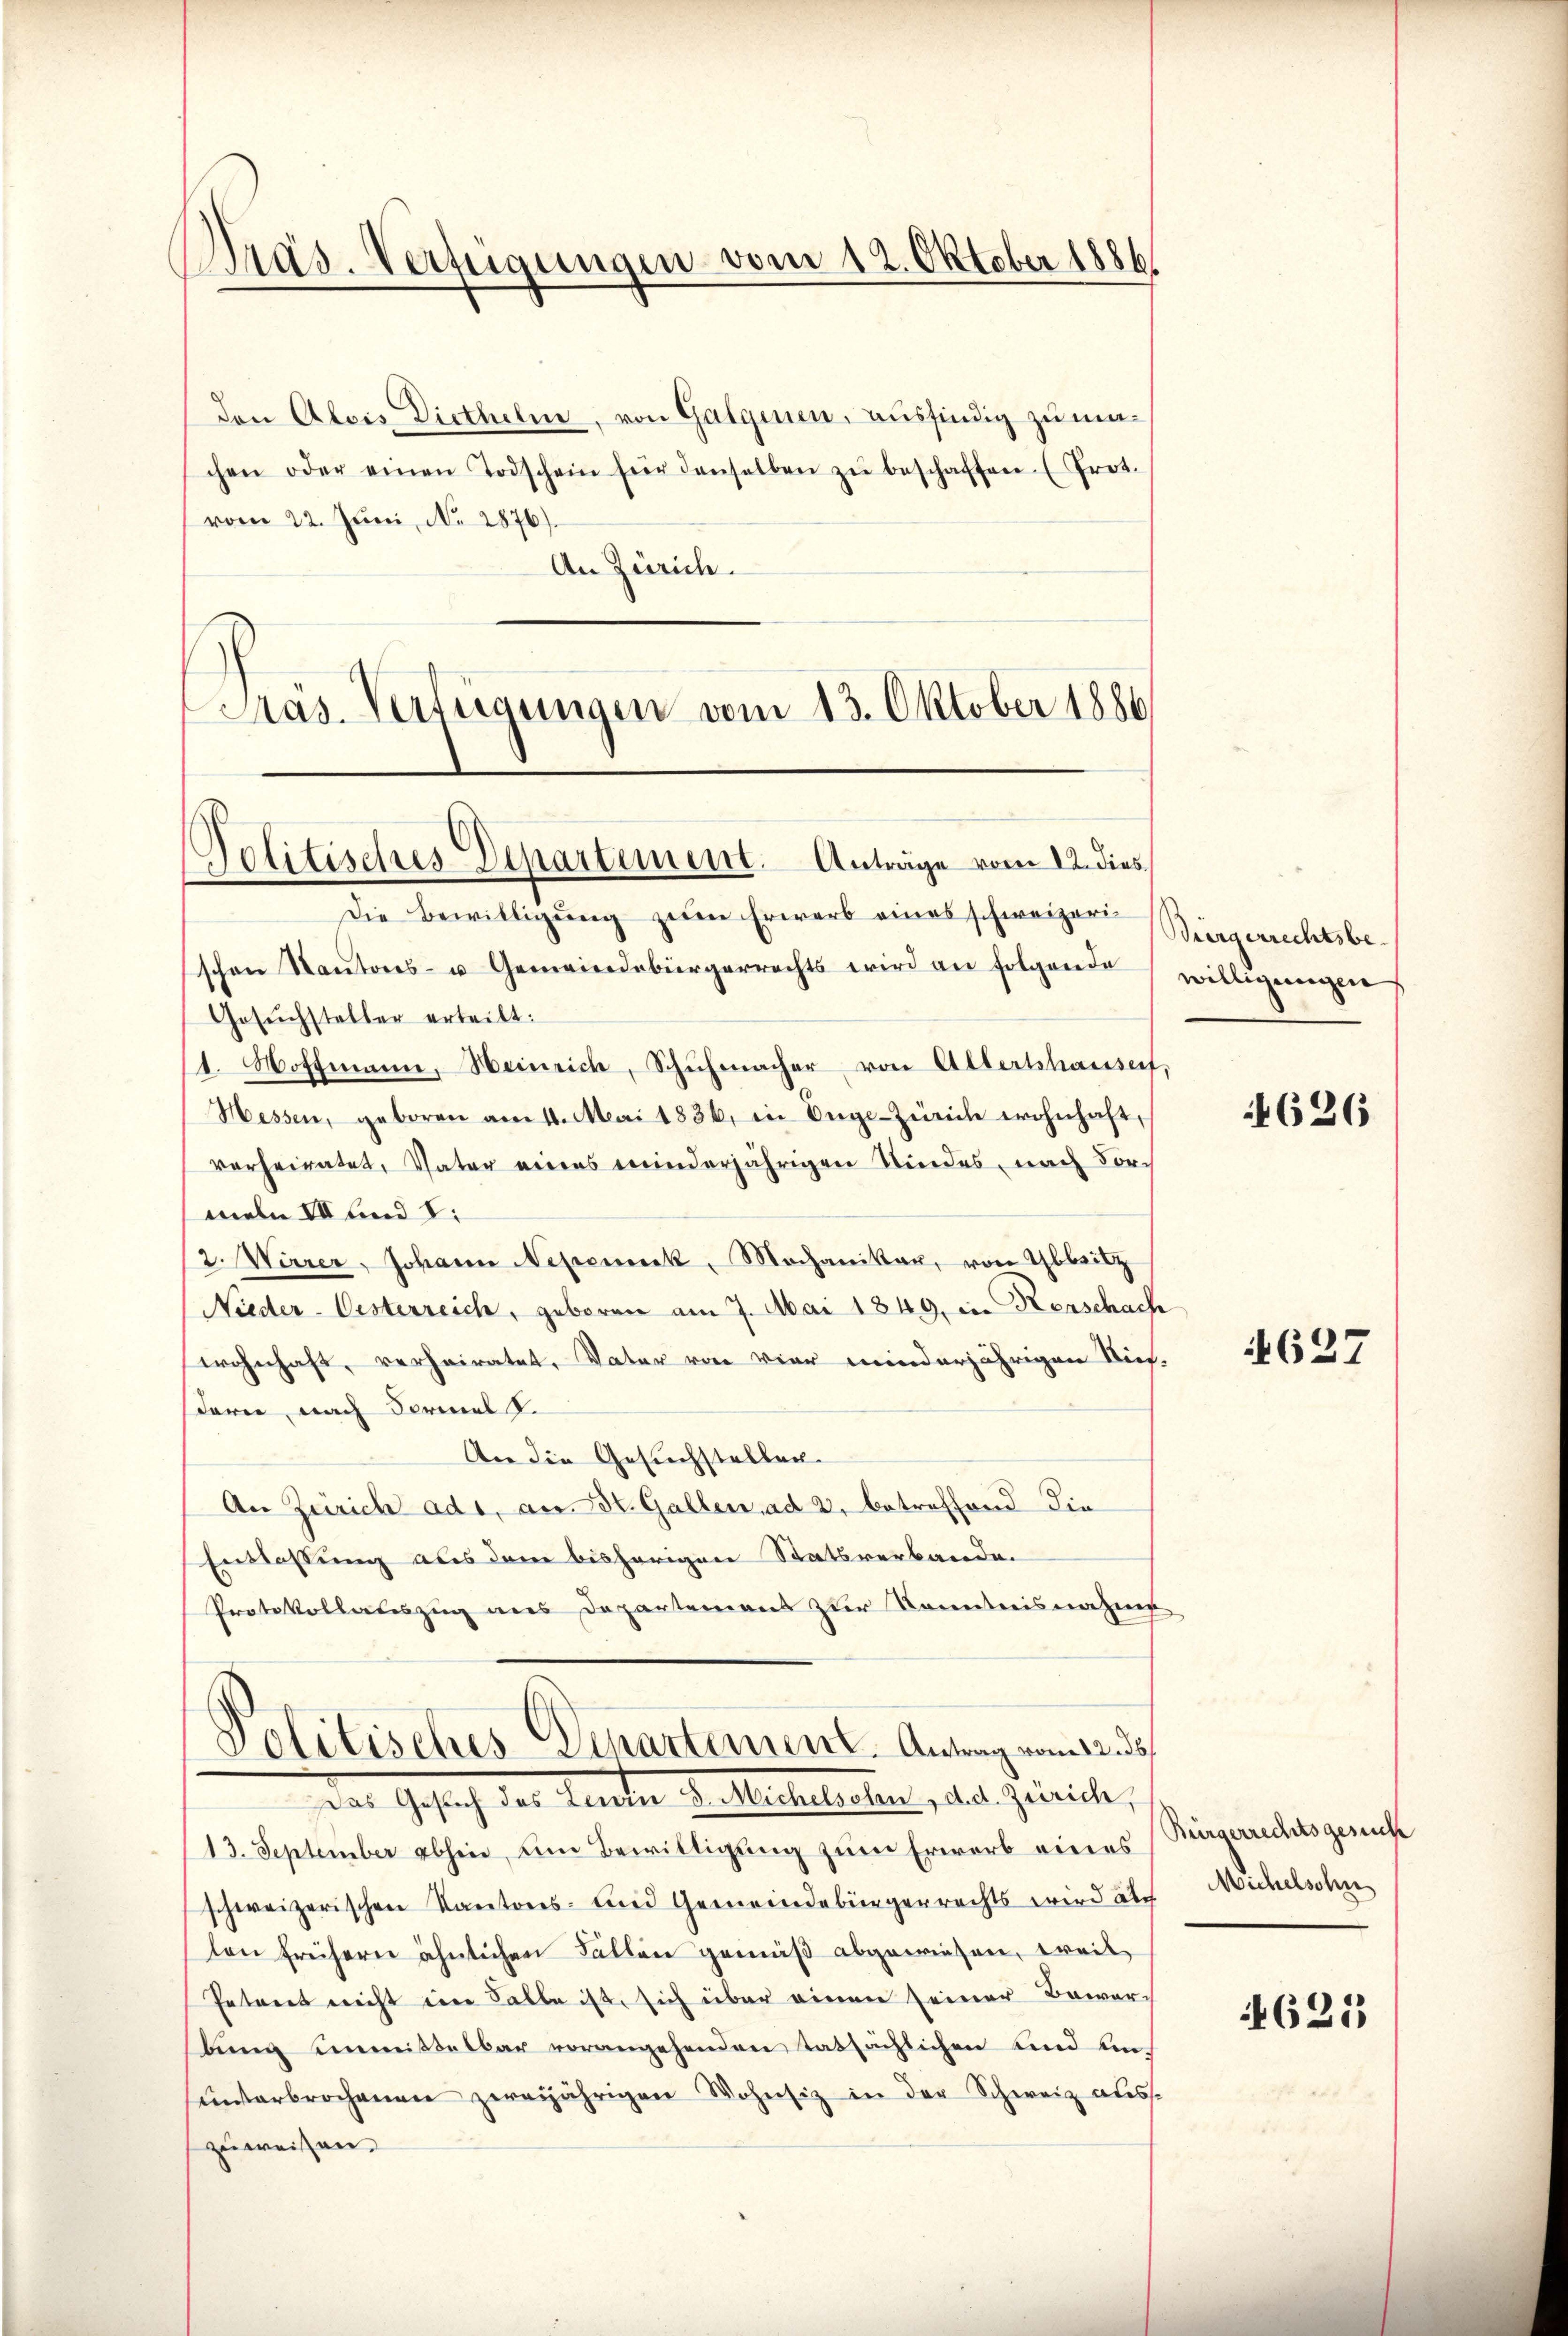
Präs. Verfügungen vom 12. Oktober 1886

den Alois Diethelm, von Galgenen, ausfindig zu maschen oder einen Todschein für denselben zŭ beschaffen (Prot.
vom 22. Juni, N. 2876).
An Zürich.
Präs. Verfügungen vom 13. Oktober 1886

Politisches Departement. Anträge vom 12. dies

Die Bewilligung zum Erwerb eines schweizer Bürgerrechtsbeschen Staŭtons- u Gemeindebürgerrechts wird an folgende willigungen
Gesuchsteller erteilt:
t. Hoffmann, Heinrich, Schuhmacher von Alterthauses,
Hessen, geboren am 11. Mai 1836. in Enge-Zürich wohnhaft,
verheiratet, Vater eines minderjährigen Kindes, nach Forch
meln VII und 8:
2. Warrer, Johann Nepomuck, Mochanikaŭ, von Abbitz
Nieder-Oesterreich, geboren am 7. Mai 1849, in Kerschach
wohnhaft, verheiratet, Vater von vier minderjährigen Stief
dern, nach Formel d.
An die Gesuchstellen.
An Zürich adi, an St. Gallen, ad 2, betreffend die
Entlassung aus dem bisherigen Statsverbande.
Protokollateszug aus Departemens zur Kenntnisnahme
Politisches Departement. Antrag vom 12. ds.
Das Gesich der Renten D. Rechtlichen, das Zeiche,
13. September abhin, um Bewilligung zum Erwerb eines
schweizerischen Kantons- und Gemeindebürgerrechts wird auch
len frühern ähnlichen Fällen gemäß abgewiesen, weil
Petent nicht im Falle ist, sich über einen seiner Bewer-
bung unmittelbar vorangehenden tatsächlichen und auch
ŭnterbrochenen zweijährigen Wohnsiz in der Schweiz aus-
zuweisen.

4626

4627

Bürgerrechtsgesuch
Michelsohn

625